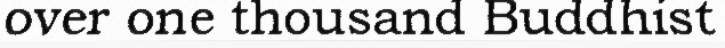
over one thousand Buddhist